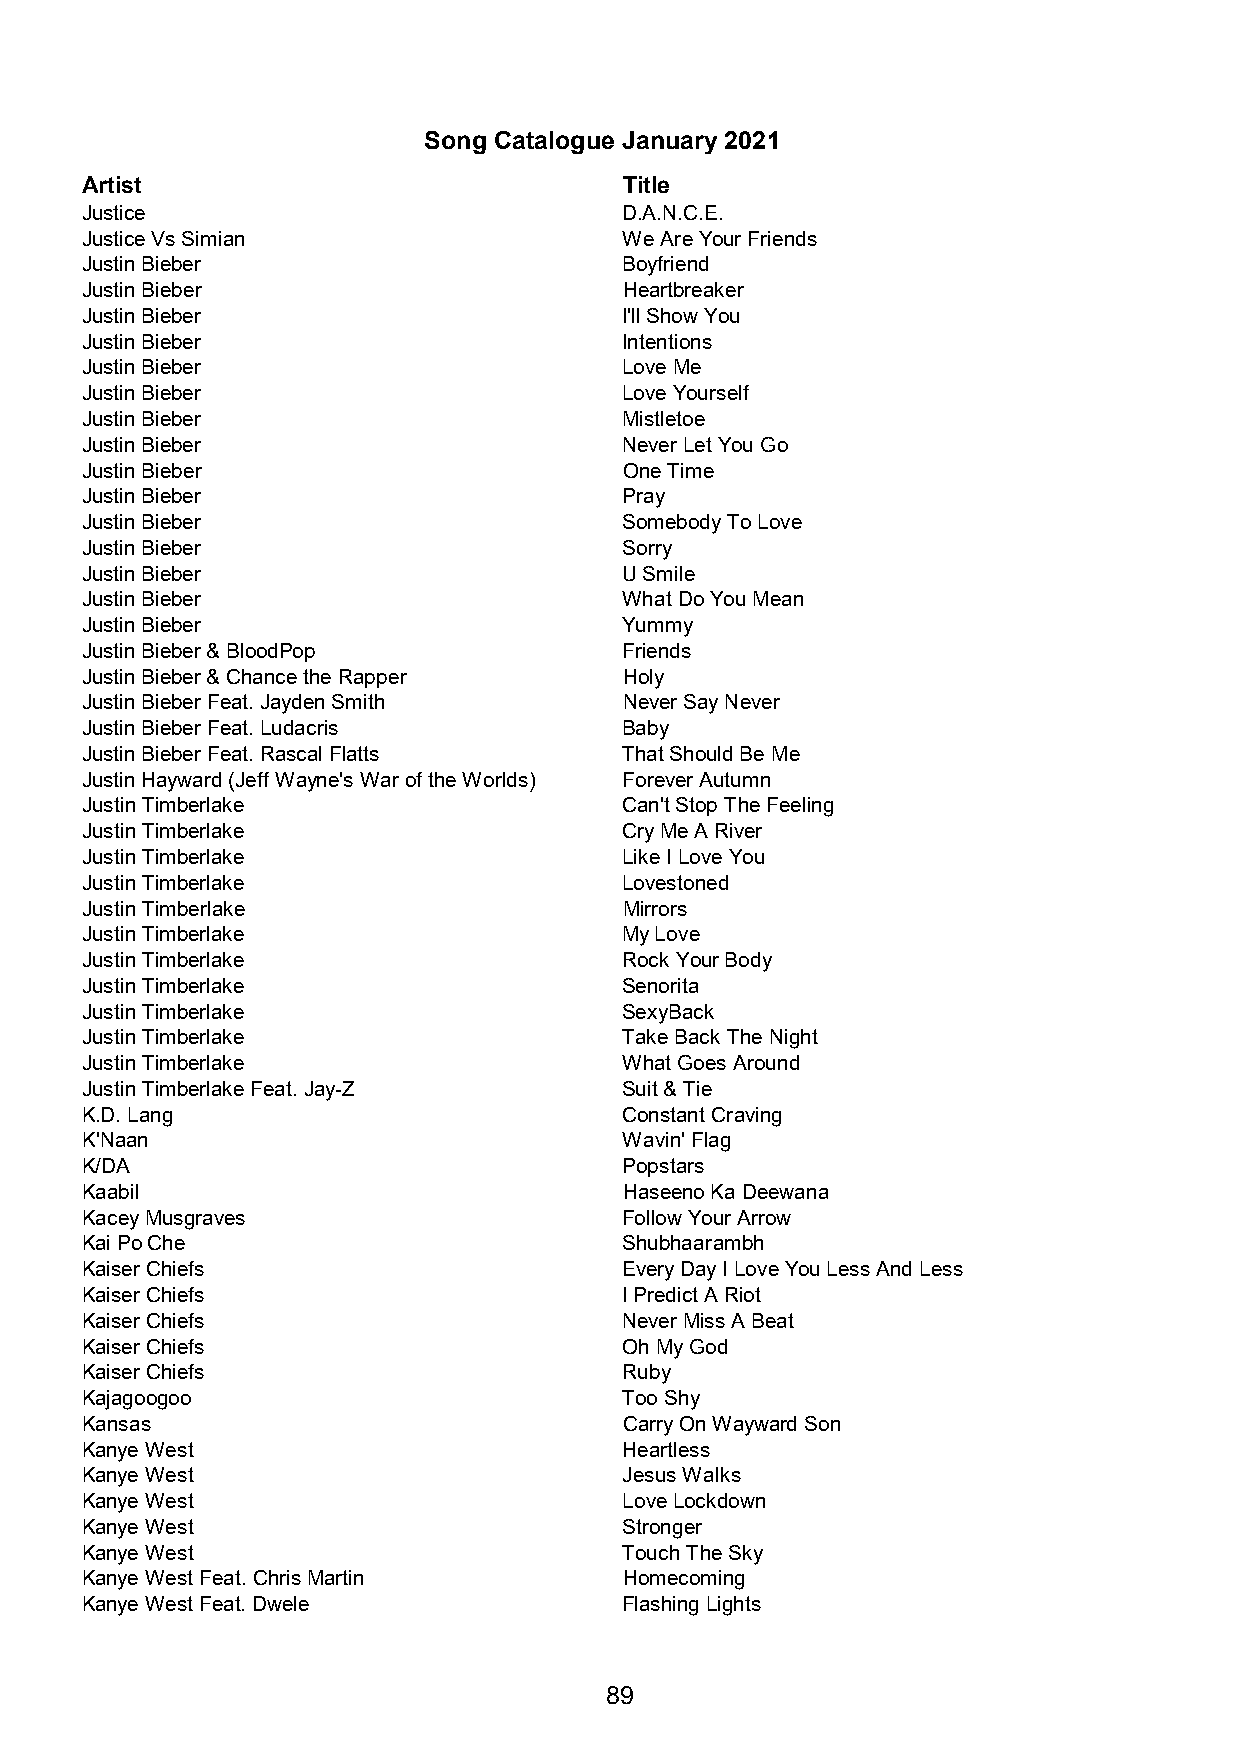
Song Catalogue January 2021
 Artist                              Title
 Justice                             D.A.N.C.E.
 Justice Vs Simian                   We Are Your Friends
 Justin Bieber                       Boyfriend
 Justin Bieber                       Heartbreaker
 Justin Bieber                       I'll Show You
 Justin Bieber                       Intentions
 Justin Bieber                       Love Me
 Justin Bieber                       Love Yourself
 Justin Bieber                       Mistletoe
 Justin Bieber                       Never Let You Go
 Justin Bieber                       One Time
 Justin Bieber                       Pray
 Justin Bieber                       Somebody To Love
 Justin Bieber                       Sorry
 Justin Bieber                       U Smile
 Justin Bieber                       What Do You Mean
 Justin Bieber                       Yummy
 Justin Bieber & BloodPop            Friends
 Justin Bieber & Chance the Rapper   Holy
 Justin Bieber Feat. Jayden Smith    Never Say Never
 Justin Bieber Feat. Ludacris        Baby
 Justin Bieber Feat. Rascal Flatts   That Should Be Me
 Justin Hayward (Jeff Wayne's War of the Worlds) Forever Autumn
 Justin Timberlake                   Can't Stop The Feeling
 Justin Timberlake                   Cry Me A River
 Justin Timberlake                   Like I Love You
 Justin Timberlake                   Lovestoned
 Justin Timberlake                   Mirrors
 Justin Timberlake                   My Love
 Justin Timberlake                   Rock Your Body
 Justin Timberlake                   Senorita
 Justin Timberlake                   SexyBack
 Justin Timberlake                   Take Back The Night
 Justin Timberlake                   What Goes Around
 Justin Timberlake Feat. Jay-Z       Suit & Tie
 K.D. Lang                           Constant Craving
 K'Naan                              Wavin' Flag
 K/DA                                Popstars
 Kaabil                              Haseeno Ka Deewana
 Kacey Musgraves                     Follow Your Arrow
 Kai Po Che                          Shubhaarambh
 Kaiser Chiefs                       Every Day I Love You Less And Less
 Kaiser Chiefs                       I Predict A Riot
 Kaiser Chiefs                       Never Miss A Beat
 Kaiser Chiefs                       Oh My God
 Kaiser Chiefs                       Ruby
 Kajagoogoo                          Too Shy
 Kansas                              Carry On Wayward Son
 Kanye West                          Heartless
 Kanye West                          Jesus Walks
 Kanye West                          Love Lockdown
 Kanye West                          Stronger
 Kanye West                          Touch The Sky
 Kanye West Feat. Chris Martin       Homecoming
 Kanye West Feat. Dwele              Flashing Lights
 89